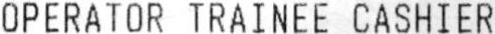
OPERATOR TRAINEE CASHIER